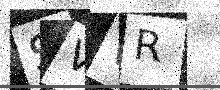
Text: SVVR